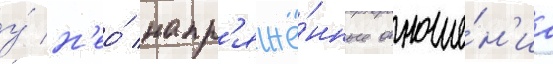
у́ н'ео́ напр'яжё́нные отноше́н'иа